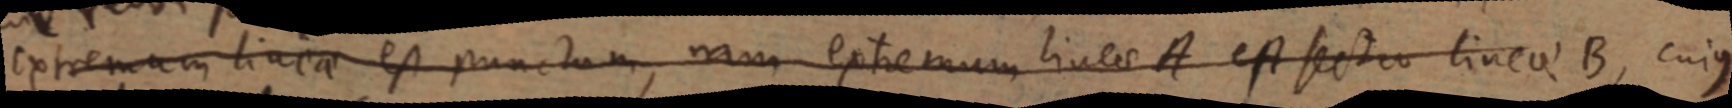
extremum linea est punctum, nam extremum lineae A est sectio lineae B, cujus